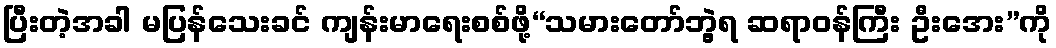
ပြီးတဲ့အခါ မပြန်သေးခင် ကျန်းမာရေးစစ်ဖို့“သမားတော်ဘွဲ့ရ ဆရာဝန်ကြီး ဦးအေး”ကို